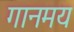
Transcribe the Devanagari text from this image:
गानमय